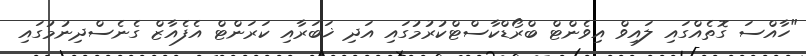
"ހާއްސަ ގޮތެއްގައި ލައިވް އިވެންޓް ބްރޯޑްކާސްޓްކުރުމުގައި އަދި ޚަބަރާއި ކަރަންޓް އެފެއާޒް ގެނެސްދިނުމުގައި